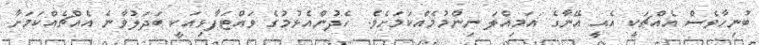
ބުނިހާވެސް އެއްޗަކީ އެއީ އޭނާގެ އަމިއްލަ ނިންމުމެއްކަމަށެވެ. ހެދުންއެޅުމުގެ ވައްޓަފާޅިއަކީ ބަދަލުވާނެ އެއްޗެއްކަމަށާ